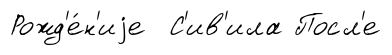
Рожд'е́н'иjе С'ив'ила Посл'е